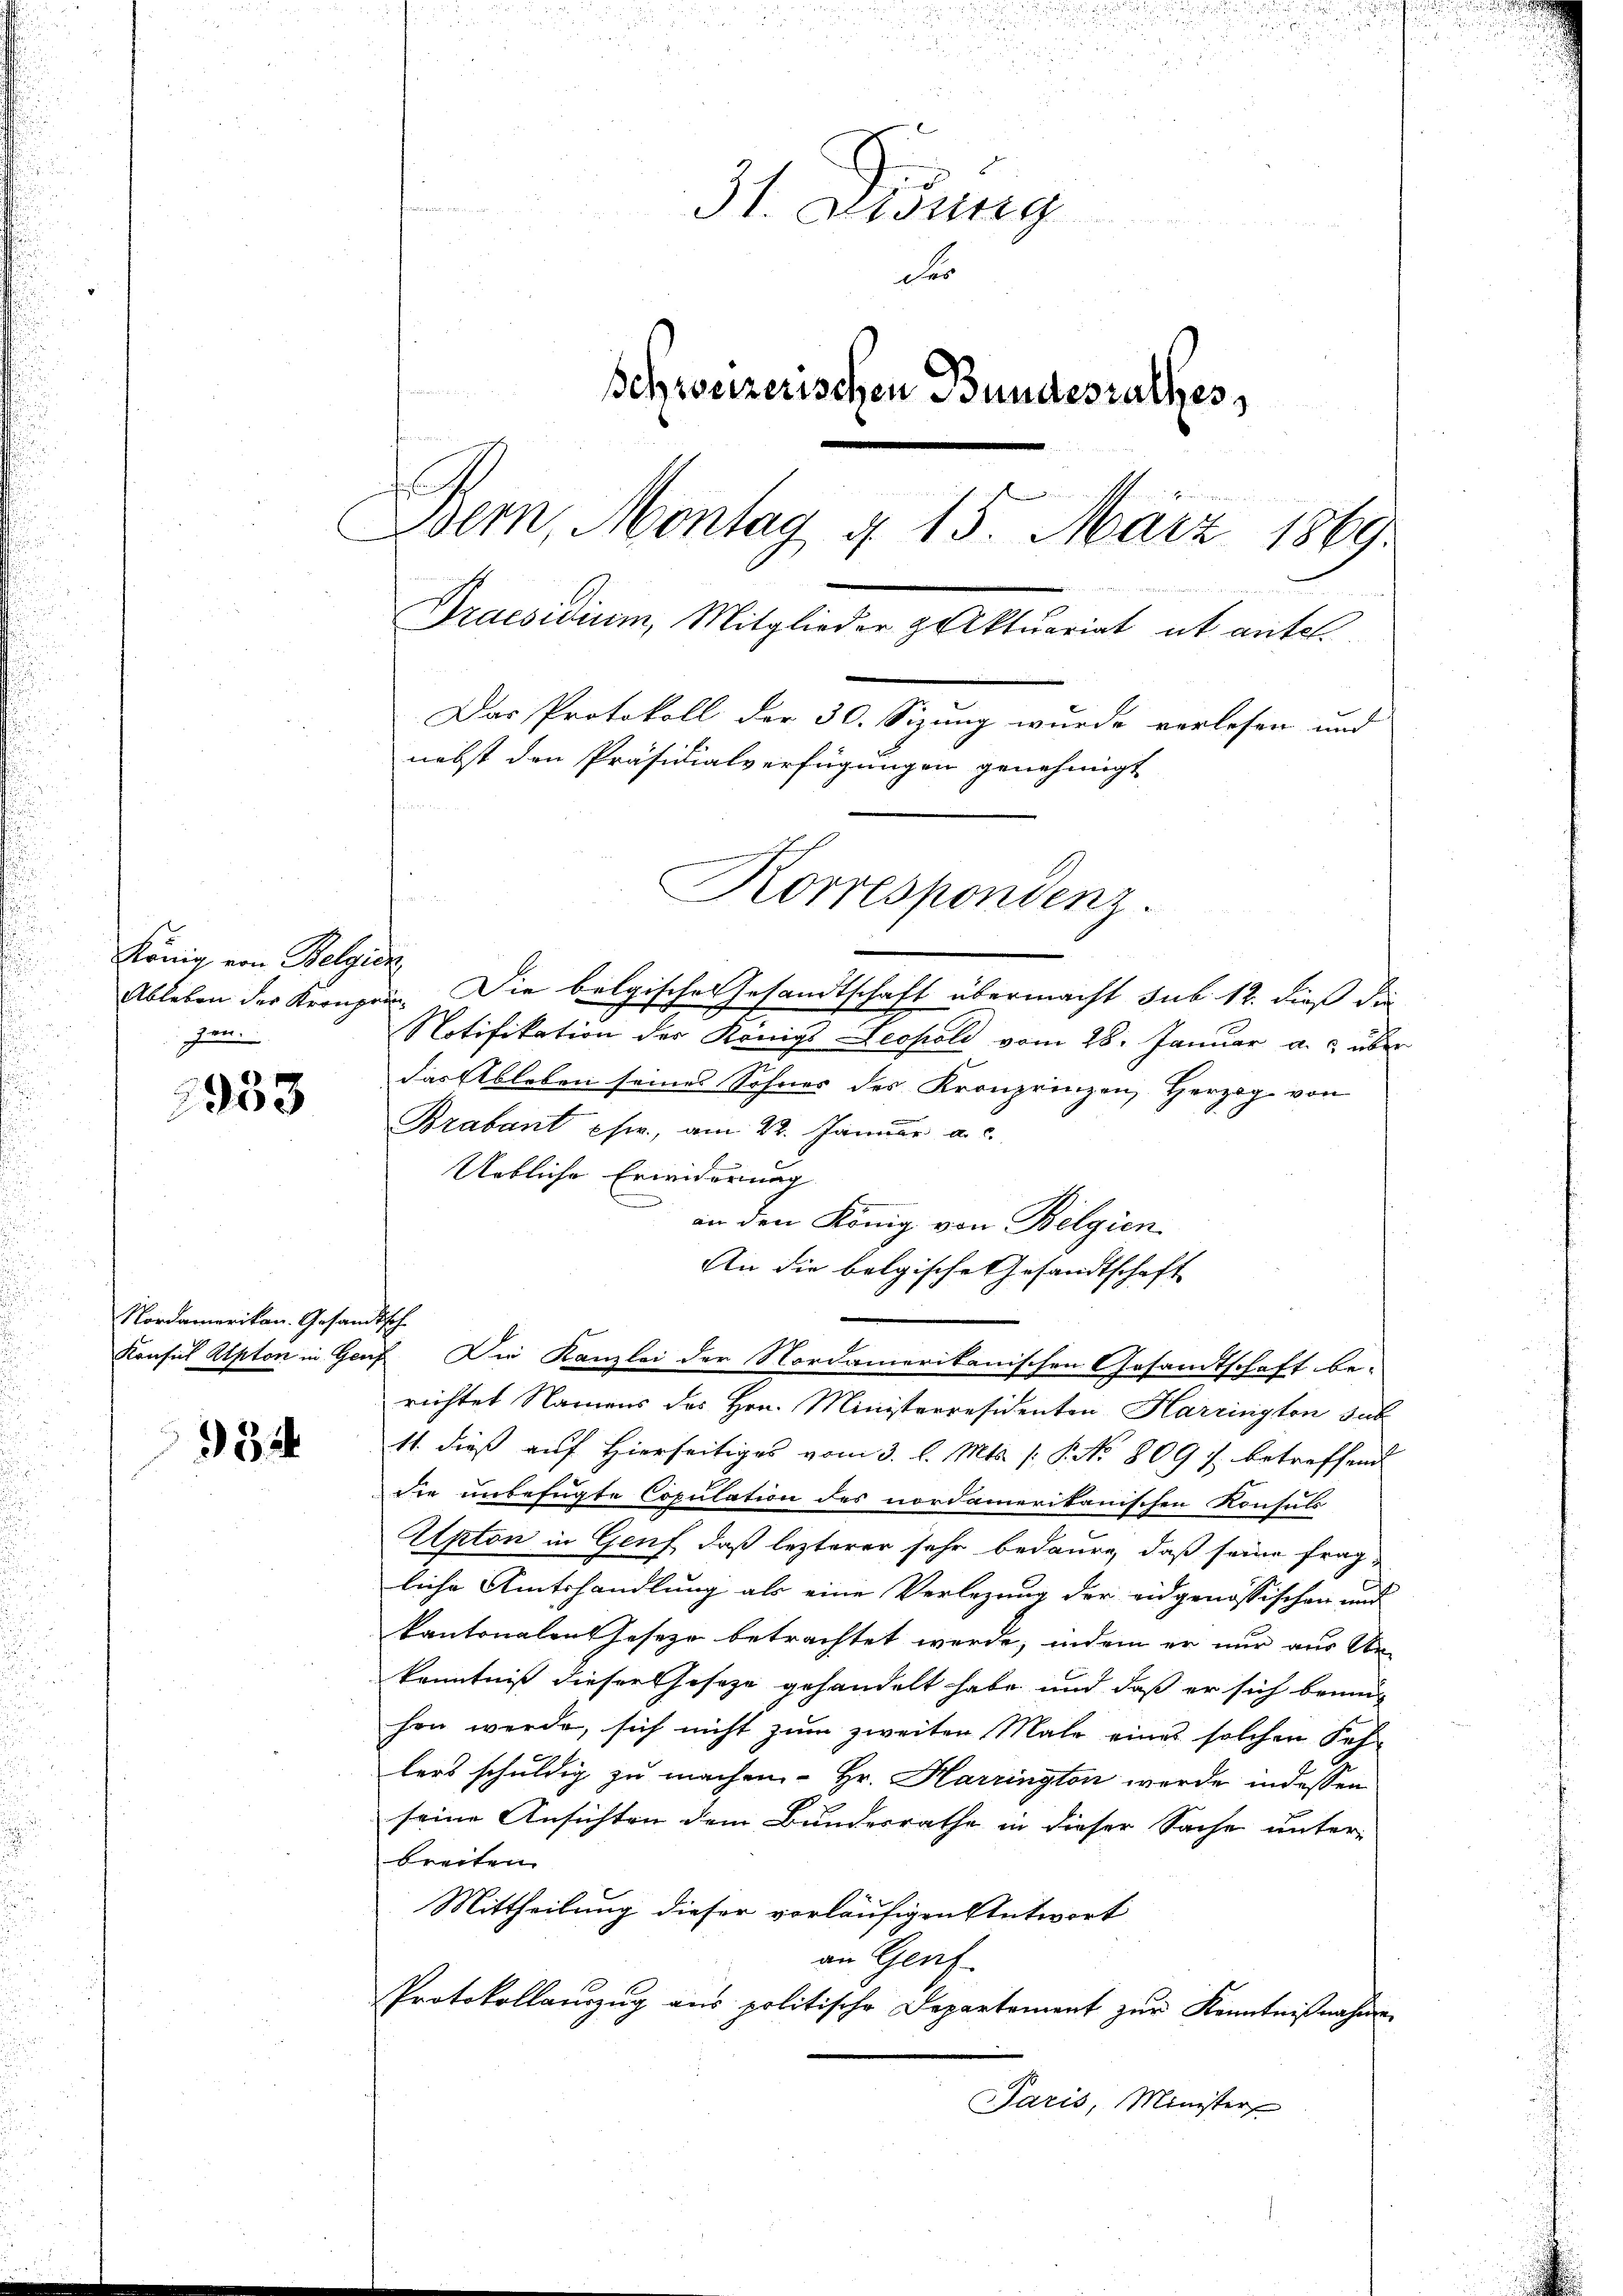
König von Belgien,
zen.

933

Nordamerikan. Gesandtsch

32

31. Disung
der
Schweizerischen Bundesrathes,
H
Bern, Montag d. 15. März 1869.
Praesidium, Mitglieder geaktuariat ab antel
Das Protokoll der 30. Sizung wurde verlesen und
nebst den Präsidialverfügungen genehmigt

Korrespondenz.

Ableben der Kronzen. Die belgisches Gesandtschaft übermacht sub. 12. dieß die
.
Notifikation der Königs Leopold vom 28. Januar a. über
das Ableben seines Sohnes des Kronprinzen, Herzog von
Brabant ehre, am 22. Januar a. c.
Uebliche Erwiderung
an den König von Belgien
An die belgische Gesandtschaft
Konsul Alpton in Genf. Die Kanzlei der Nordamerikanischen Gesandtschaft be-
richtet Namens des Hrn. Ministerresidenten Harrington sub
11. dieß auf Hierseitiges vom 3. l. Mts. (: P. No 809 f. betreffend
die unbefügte Copulation des nordamerikanischen Konsuls
Apton in Genf, daß lezterer sehr bedaure, daß seine fragliche Amtshandlung als eine Verlegung der eidgenössischen und
kantonalen Geseze betrachtet werde, indem er nur aus Ur-
kenntniß dieser Geseze gehandelt habe und daß er sich brunn
hen werde, sich nicht zum zweiten Male eines solcher Sehr
lers schuldig zu machen. Hr. Harrington werde indessen
seine Ansichten dem Bundesrathe in dieser Sache unter-
breiten
Mittheilung dieser vorläufigen Antwort
an Genf
Protokollanzŭg aŭs politische Departement zŭr Kenntnißnahme
Paris, Minister